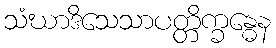
သံဃာဒိသေသာပတ္တိက္ခန္ဓေန